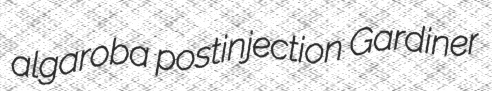
algaroba postinjection Gardiner